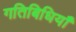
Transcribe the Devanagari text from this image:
गतिबिधियाँ